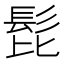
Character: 𩬈